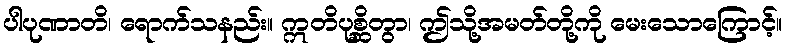
ပါပုဏာတိ၊ ရောက်သနည်း။ ဣတိပုစ္ဆိတွာ၊ ဤသို့အမတ်တို့ကို မေးသောကြောင့်။